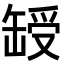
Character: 𦈽